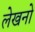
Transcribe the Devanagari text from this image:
लेखनो